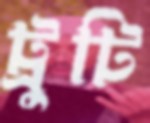
ট্রুটি